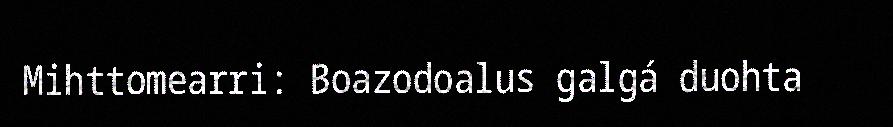
Mihttomearri: Boazodoalus galgá duohta